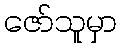
ဇော်သူမှာ